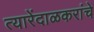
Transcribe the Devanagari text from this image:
त्यारेंदाळकरांचे